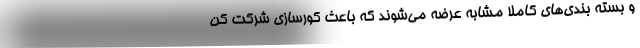
و بسته بندی‌های کاملاً مشابه عرضه می‌شوند که باعث کورسازی شرکت کن